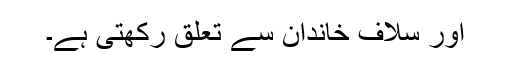
اور سلاف خاندان سے تعلق رکھتی ہے۔